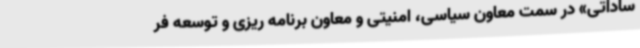
ساداتی» در سمت معاون سیاسی، امنیتی و معاون برنامه ریزی و توسعه فر